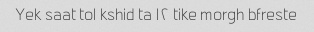
Yek saat tol kshid ta ۱۲ tike morgh bfreste